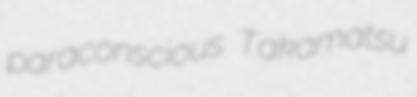
paraconscious Takamatsu